Laimjala_vallavalitsus, lk 25
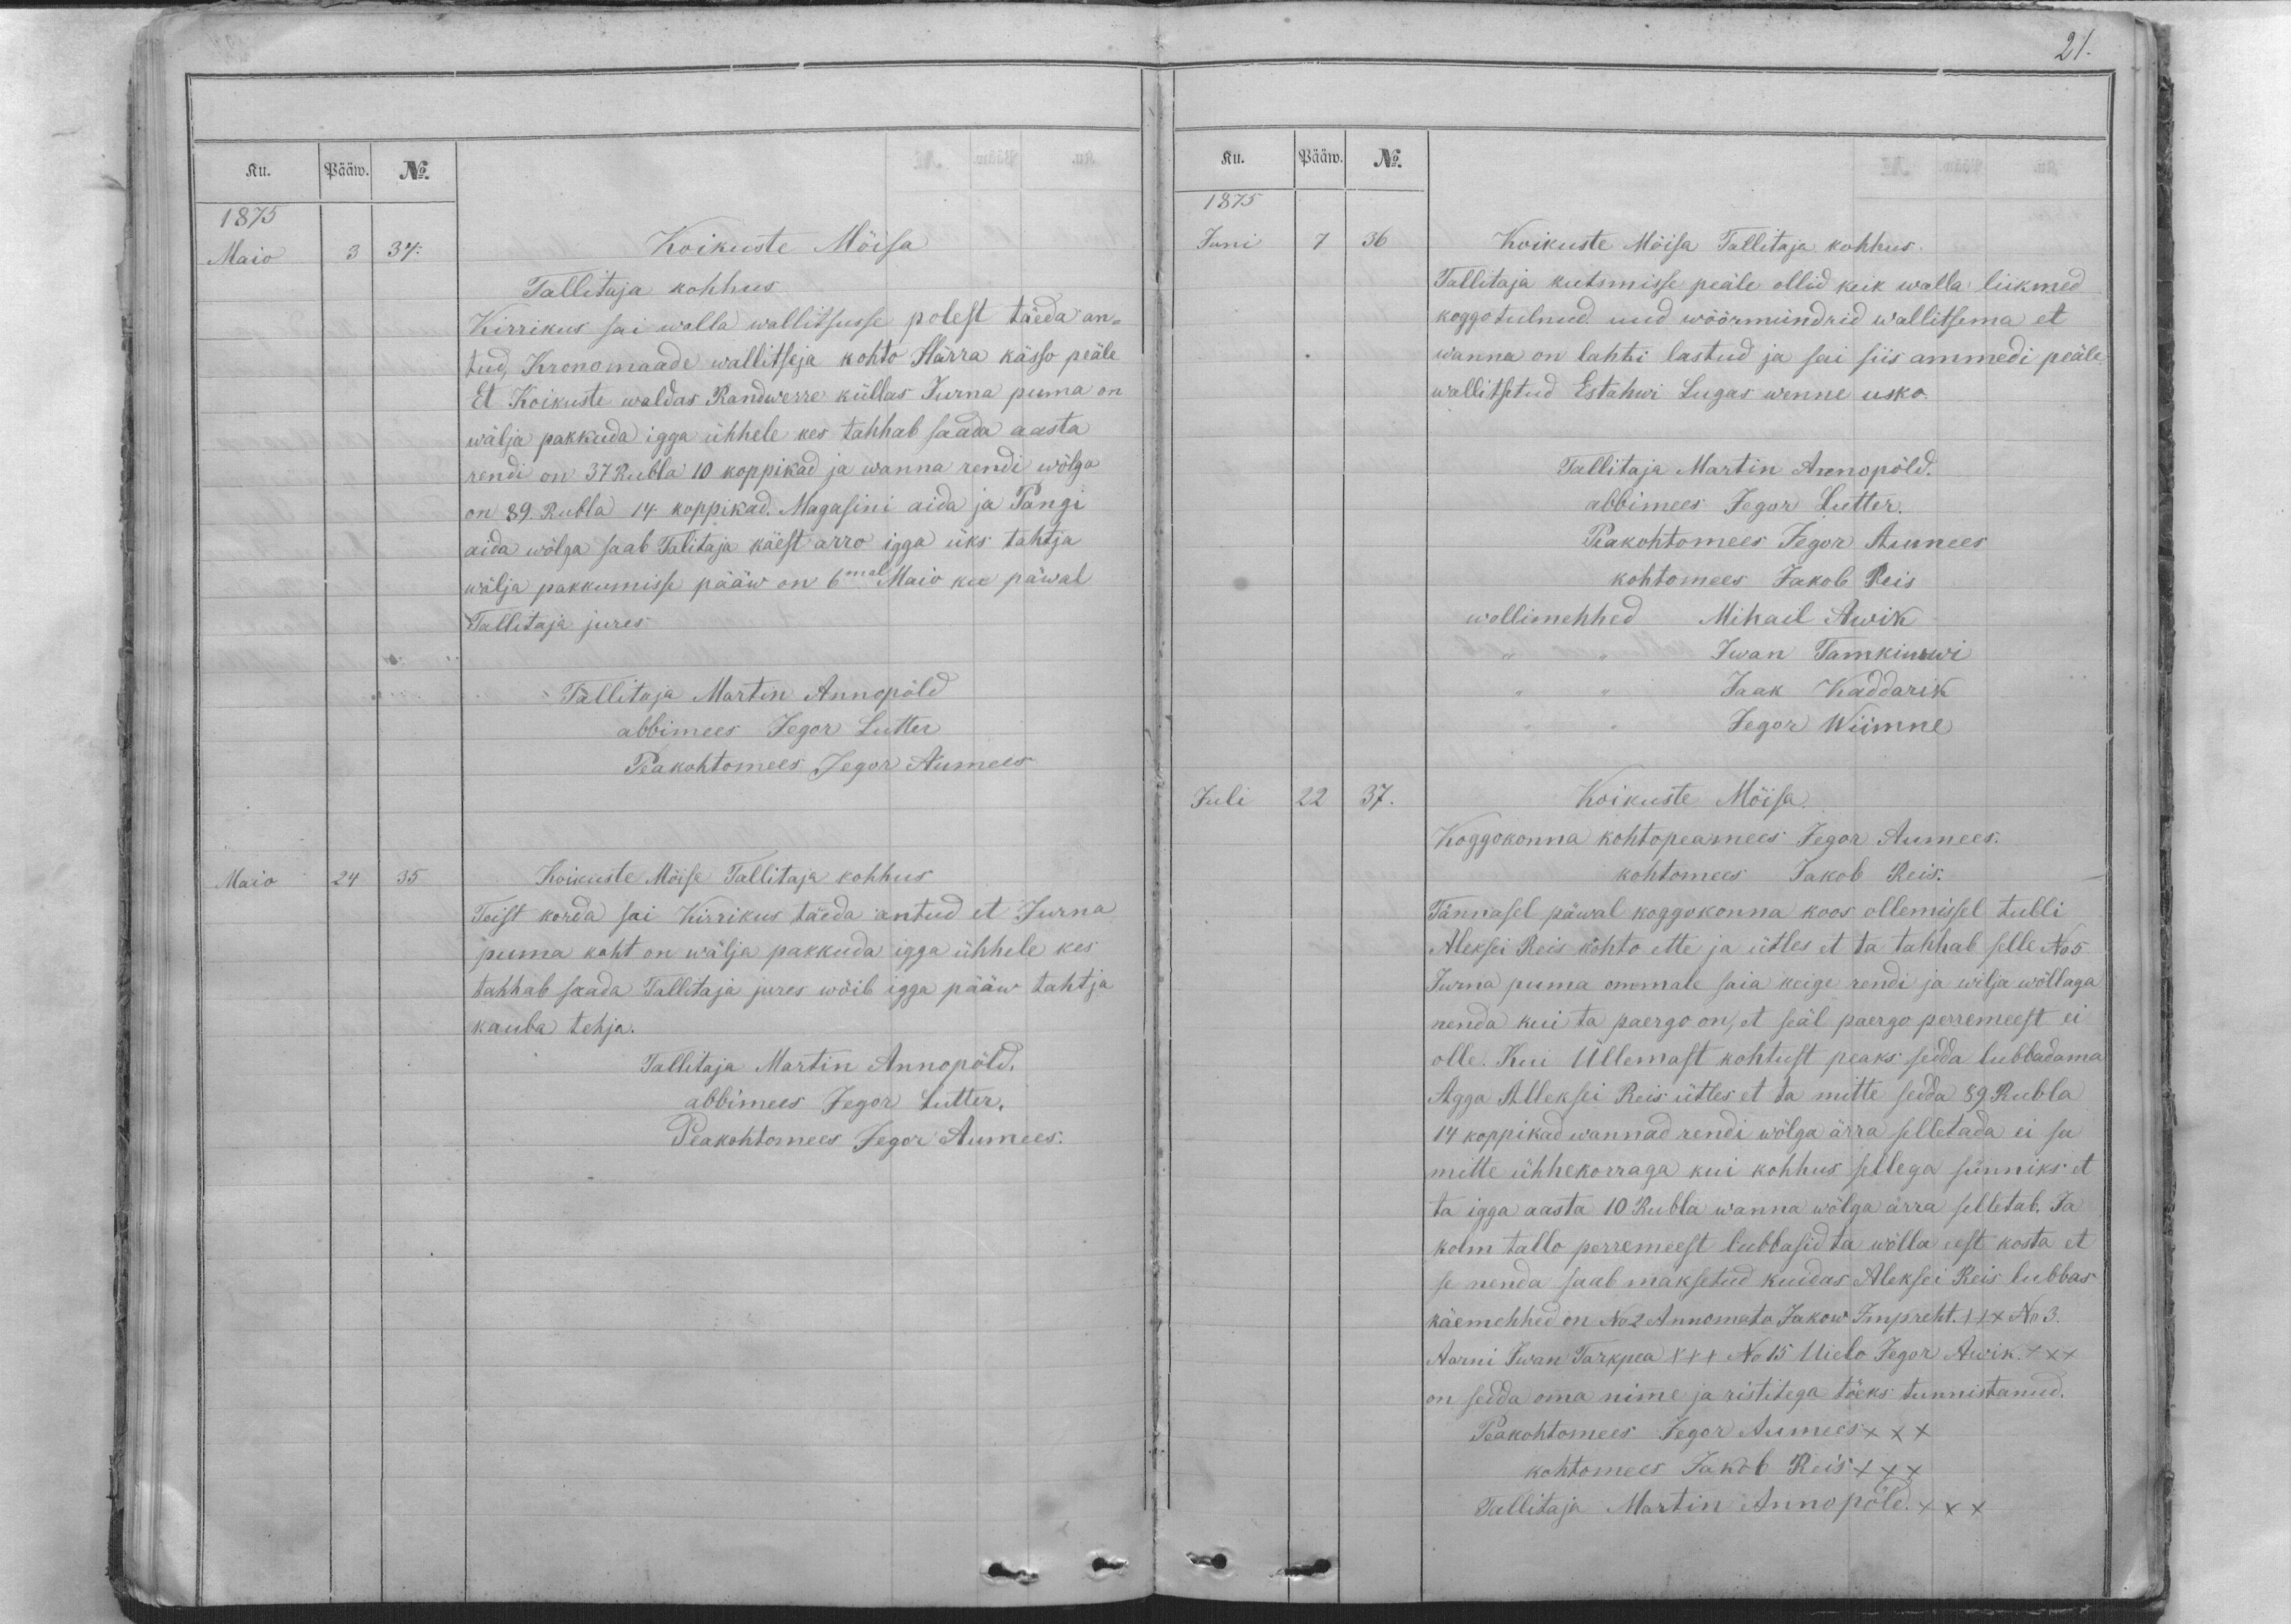
Ku.
Pääw.
No.
1875
Maio
3
34.
Koikuste Möisa
Tallitaja kohhus
Kirrikus sai walla wallitsusse polest täeda an-
tud, Kronomaade wallitseja kohto Härra kässo peäle
Et Koikuste waldas Randwerre küllas Jurna puma on
wälja pakkuda igga ühhele kes tahhab saada aasta
rendi on 37 Rubla 10 koppikad ja wanna rendi wölga
on 89. Rubla 14. koppikad. Magasini aida ja Pangi
aida wõlga saab Talitaja käest arro igga üks tahtja
wälja pakkumisse pääw on 6mal Maio ku päwal
Tallitaja jures
Tallitaja Martin Annopöld
abbimees Jegor Lutter
Peakohtomees Jegor Aumees
Maio
24
35
Koikuste Möisa Tallitaja kohhus
Teist korda sai Kirrikus täeda antud et Jurna
puma koht on wälja pakkuda igga ühhele kes
tahhab saada Tallitaja jures wõib igga pääw tahtja
kauba tehja.
Tallitaja Martin Annopöld,
abbimees Jegor Lutter,
Peakohtomees Jegor Auumees.

Ku.
Pääw.
No.
1875
Juni
7
36
Koikuste Möisa Tallitaja kohhus.
Tallitaja kutsmisse peäle ollid keik walla liikmed
koggo tulnud. uud wöörmündrid wallitsema et
wanna on lahti lastud ja sai siis ammedi peäle
wallitsetud Estahwi Lugas wenne usko.
Tallitaja Martin Annopõld.
abbimees Jegor Lutter.
Peakohtomees tegor Aumees
kohtomees Jakob Reis
wollimehhed Mihail Awik
,, ,, Iwan Tamkiwwi
,, ,, Jaak Kaddarik
,, ,, Jegor Wiimne
Juli
22
37.
Koikuste Möisa.
Koggokonna kohtopeamees Jegor Aumees.
kohtomees Jakob Reis.
Tännasel päwal koggokonna koos ollemissel tulli
Aleksei Reis kohto ette ja ütles et ta tahhab selle No 5
Jurna puma ommale saia keige rendi ja wilja wöllaga
nenda kui ta paergo on, et seäl paergo peremeest ei
olle. Kui Üllemast kohtust peaks sedda lubbadama
Agga Alleksei Reis ütles et ta mitte sedda 89 Rubla
14 koppikad wannad rendi wölga ärra selletada ei sa
mitte ühhekorraga kui kohhus sellega sünniks et
ta igga aasta 10 Rubla wanna wölga ärra selletab. Ja
kolm tallo perremeest lubbasid ta wölla eest kosta et
se nenda saab maksetud kuidas Aleksei Reis lubbas
käemehhed on No 2 Annomato Jakow Impreht. XXX No 3.
Aarni Iwan Tarkpea XXX No 15 Uielo Jegor Awik. XXX
on sedda omma nimme ja ristitega töeks tunnistanud.
Peakohtomees Jegor Aumees XXX
kohtomees Jakob Reis XXX
Tallitaja Martin Annopöld. XXX